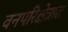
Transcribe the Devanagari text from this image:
वनपरिक्षेत्रात